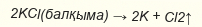
2KCl(балқыма) → 2K + Cl2↑